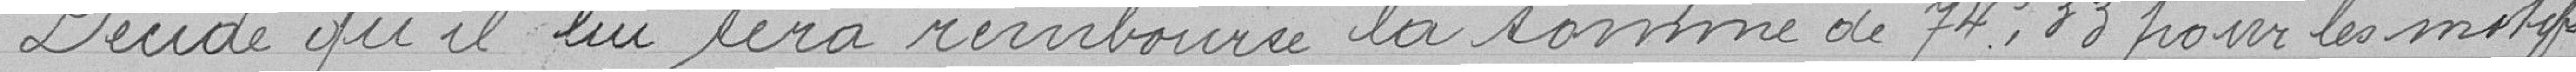
Décide qu'il lui sera remboursé la somme de 74.33 pour les motifs